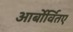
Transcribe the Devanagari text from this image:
आर्बोर्वितए